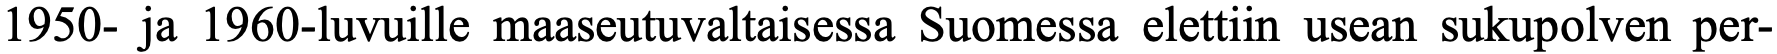
1950- ja 1960-luvuille maaseutuvaltaisessa Suomessa elettiin usean sukupolven per-